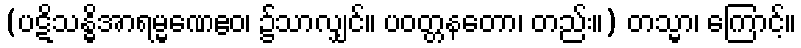
(ပဋိသန္ဓိအာရမ္မဏေဧဝ၊ ၌သာလျှင်။ ပဝတ္တနတော၊ တည်း။) တသ္မာ၊ ကြောင့်။